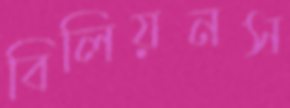
বিলিয়নস